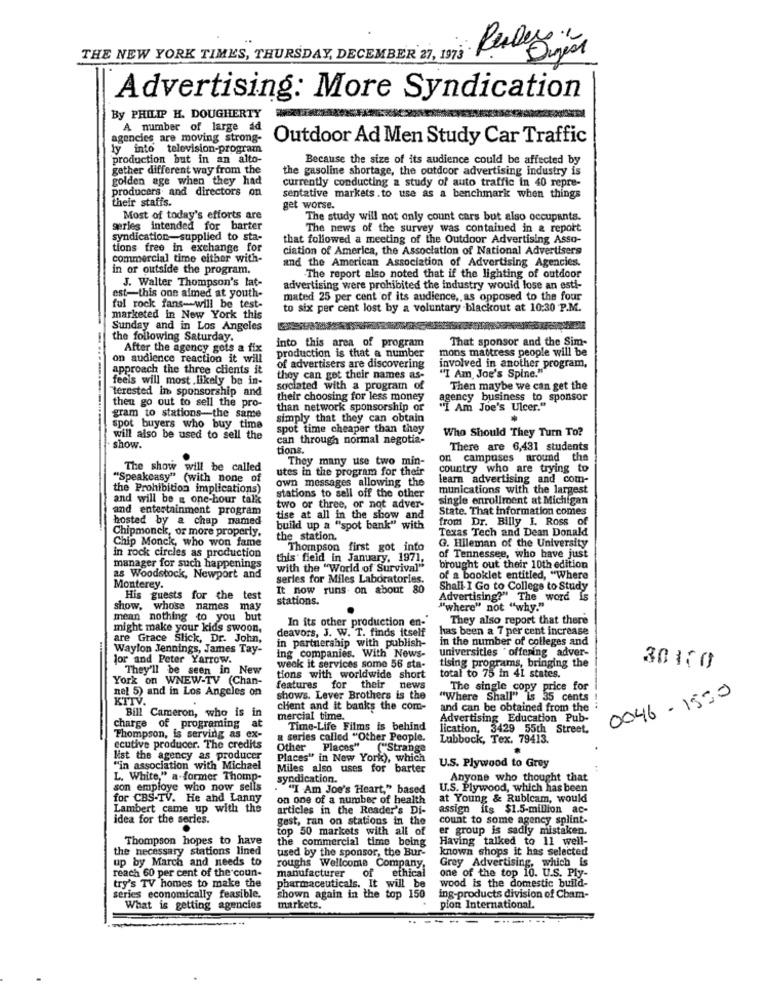
..
THE NEW YORK TIMES, THURSDAY, DECEMBER 27, 1973
Advertising: More Syndication
By PHILIP H. DOUGHERTY
A number of large ad
agencies are moving strong-
Outdoor Ad Men Study Car Traffic
ly into television-program
production but in an alto-
Because the size of its audience could be affected by
gether different way from the
the gasoline shortage, the outdoor advertising industry is
golden age when they had
currently conducting a study of auto traffic in 40 repre-
producers and directors on
their staffs.
sentative markets . to use as a benchmark when things
get worse.
Most of today's efforts are
The study will not only count cars but also occupants.
series intended for barter
The news of the survey was contained in & report
syndication-supplied to sta-
that followed a meeting of the Outdoor Advertising Asso-
tions free in exchange for
ciation of America, the Association of National Advertisers
commercial time either with-
and the American Association of Advertising Agencies.
in or outside the program.
J. Walter Thompson's lat-
The report also noted that if the lighting of outdoor
est-this one almed at youth-
advertising were prohibited the industry would lose an esti-
mated 25 per cent of its audience, as opposed to the four
ful rock fans-will be test-
to six per cent lost by a voluntary blackout at 10:30 P.M.
marketed in New York this
Sunday and in Los Angeles
the following Saturday.
That sponsor and the Sim-
After the agency gets a fix
production is that a number
into this area of program
mons mattress people will be
on audience reaction it will
approach the three clients it
of advertisers are discovering
involved in another program,
feels will most likely be in-
they can get their names as-
"I Am Joe's Spine."
"terested in sponsorship and
sociated with a program of
Then maybe we can get the
then go out to sell the pro-
their choosing for less money
agency business to sponsor
than network sponsorship or
"I Am Joe's Ulcer."
gram to stations-the same
simply that they can obtain
spot buyers who buy tima
spot time cheaper than they
Who Should They Turn To?
will also be used to sell the
can through normal negotia-
show.
tions.
There are 6,431 students
They many use two min-
on campuses around the
The show will be called
utes in the program for their
country who are trying to
"Speakcasy" (with none of
own messages allowing the
learn advertising and com-
the Prohibition implications)
stations to sell off the other
munications with the largest
and will be & one-hour talk
single enrollment at Michigan
and entertainment program
two or three, or not adver-
State. That information comes
hosted by a chap named
tise at all in the show and
from Dr. Billy I. Ross of
Chipmonck, or more properly.
build up a "spot bank" with
Texas Tech and Dean Donald
Chip Monck, who won fame
the station.
G. Hileman of the University
Thompson first got into
of Tennessee, who have just
in rock circles as production
this field in January, 1971,
manager for such happenings
with the "World of Survival"
brought out their 10th edition
as Woodstock, Newport and
series for Miles Laboratories.
of a booklet entitled, "Where
Monterey.
It now runs on about 80
Shall I Go to College to Study
His
His guests for the test
stations.
Advertising?" The word is
show, whose names may
"where" not "why."
mean nothing to you but
In its other production en-
They also report that there
might make your kids swoon,
deavors, J. W. T. finds itself
has been a 7 per cent increase
are Grace Slick, Dr. John,
in partnership with publish-
in the number of colleges and
Waylon Jennings, James Tay-
ing companies. With News-
universities " offering adver-
Jor and Peter Yarrow.
week it services some 56 sta-
tising programs, bringing the
They'll be seen in New
30100
York on WNEW-TV (Chan-
tions with worldwide short
total to 75 in 41 states.
nel 5) and in Los Angeles on
features for
their news
The single copy price for
KTIV.
shows. Lever Brothers is the
"Where Shall" is 35 cents
0046-1530
Bill Cameron, who is in
client and it banks the com-
and can be obtained from the
mercial time.
Advertising Education Pub-
charge of programing a
Time-Life Films is behind
lication, 3429 55th Street.
Thompson, is serving as ex-
a series called "Other People.
Lubbock, Tex. 79413.
ecutive producer. The credits
Other Places" ("Strange
list the agency as producer
Places" in New York), which
U.S. Plywood to Grey
"in association with Michael
Miles also uses for barter
L. White," a-former Thomp-
syndication.
Anyone who thought that
son employe who now sells
"I Am Joe's Heart," based
U.S. Plywood, which has been
for CBS-TV. He and Lanny
on one of a number of health
at Young & Rubicam, would
Lambert came up with the
articles in the Reader's Di-
assign its $1.5-million ac-
idea for the series.
gest, ran on stations in the
count to some agency splint-
top 50 markets with all of
er group is sadly mistaken.
Thompson hopes to have
the commercial time being
Having talked to 11 well-
the necessary stations lined
used by the sponsor, the Bur-
known shops it has selected
up by March and needs to
Grey Advertising, which is
reach 60 per cent of the coun-
manufacturer
roughs Wellcome Company,
of
ethical
one of the top 10. U.S. Ply-
try's TV homes to make the
pharmaceuticals. It will be
wood is the domestic build-
series economically feasible.
shown again in the top 150
ing-products division of Cham-
What is getting agencies
markets.
pion International.